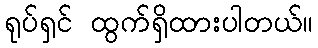
ရုပ်ရှင် ထွက်ရှိထားပါတယ်။